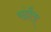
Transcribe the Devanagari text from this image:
चंद्रौता